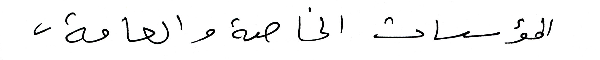
المؤسسات الخاصة والعامة،